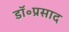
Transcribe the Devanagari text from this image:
डॉ॰प्रसाद